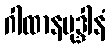
ဂါထာနမုဒ္ဒါနံ